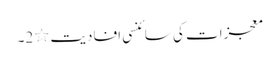
معجزات کی سائنسی افادیت ٭2۔